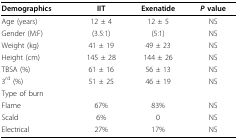
| Demographics | IIT | Exenatide | P value |
 | --- | --- | --- | --- |
 | Age (years) | 12 ± 4 | 12 ± 5 | NS |
 | Gender (M:F) | (3.5:1) | (5:1) | NS |
 | Weight (kg) | 41 ± 19 | 49 ± 23 | NS |
 | Height (cm) | 145 ± 28 | 144 ± 26 | NS |
 | TBSA (%) | 61 ± 16 | 56 ± 13 | NS |
 | 3rd (%) | 51 ± 25 | 46 ± 19 | NS |
 | Type of burn |  |  |  |
 | Flame | 67% | 83% | NS |
 | Scald | 6% | 0 | NS |
 | Electrical | 27% | 17% | NS |